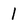
Character: 1